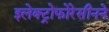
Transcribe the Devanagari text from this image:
इलेक्ट्रोफोरेसीनने